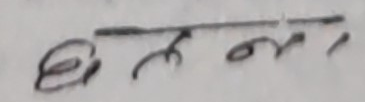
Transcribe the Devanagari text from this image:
हुन्छन ।